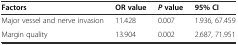
<table><thead><tr><td><b>Factors</b></td><td><b>OR value</b></td><td><b><i>P</i>value</b></td><td><b>95% CI</b></td></tr></thead><tbody><tr><td>Major vessel and nerve invasion</td><td>11.428</td><td>0.007</td><td>1.936, 67.459</td></tr><tr><td>Margin quality</td><td>13.904</td><td>0.002</td><td>2.687, 71.951</td></tr></tbody></table>